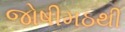
જોષીમઠથી